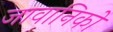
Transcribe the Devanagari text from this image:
जावानिको